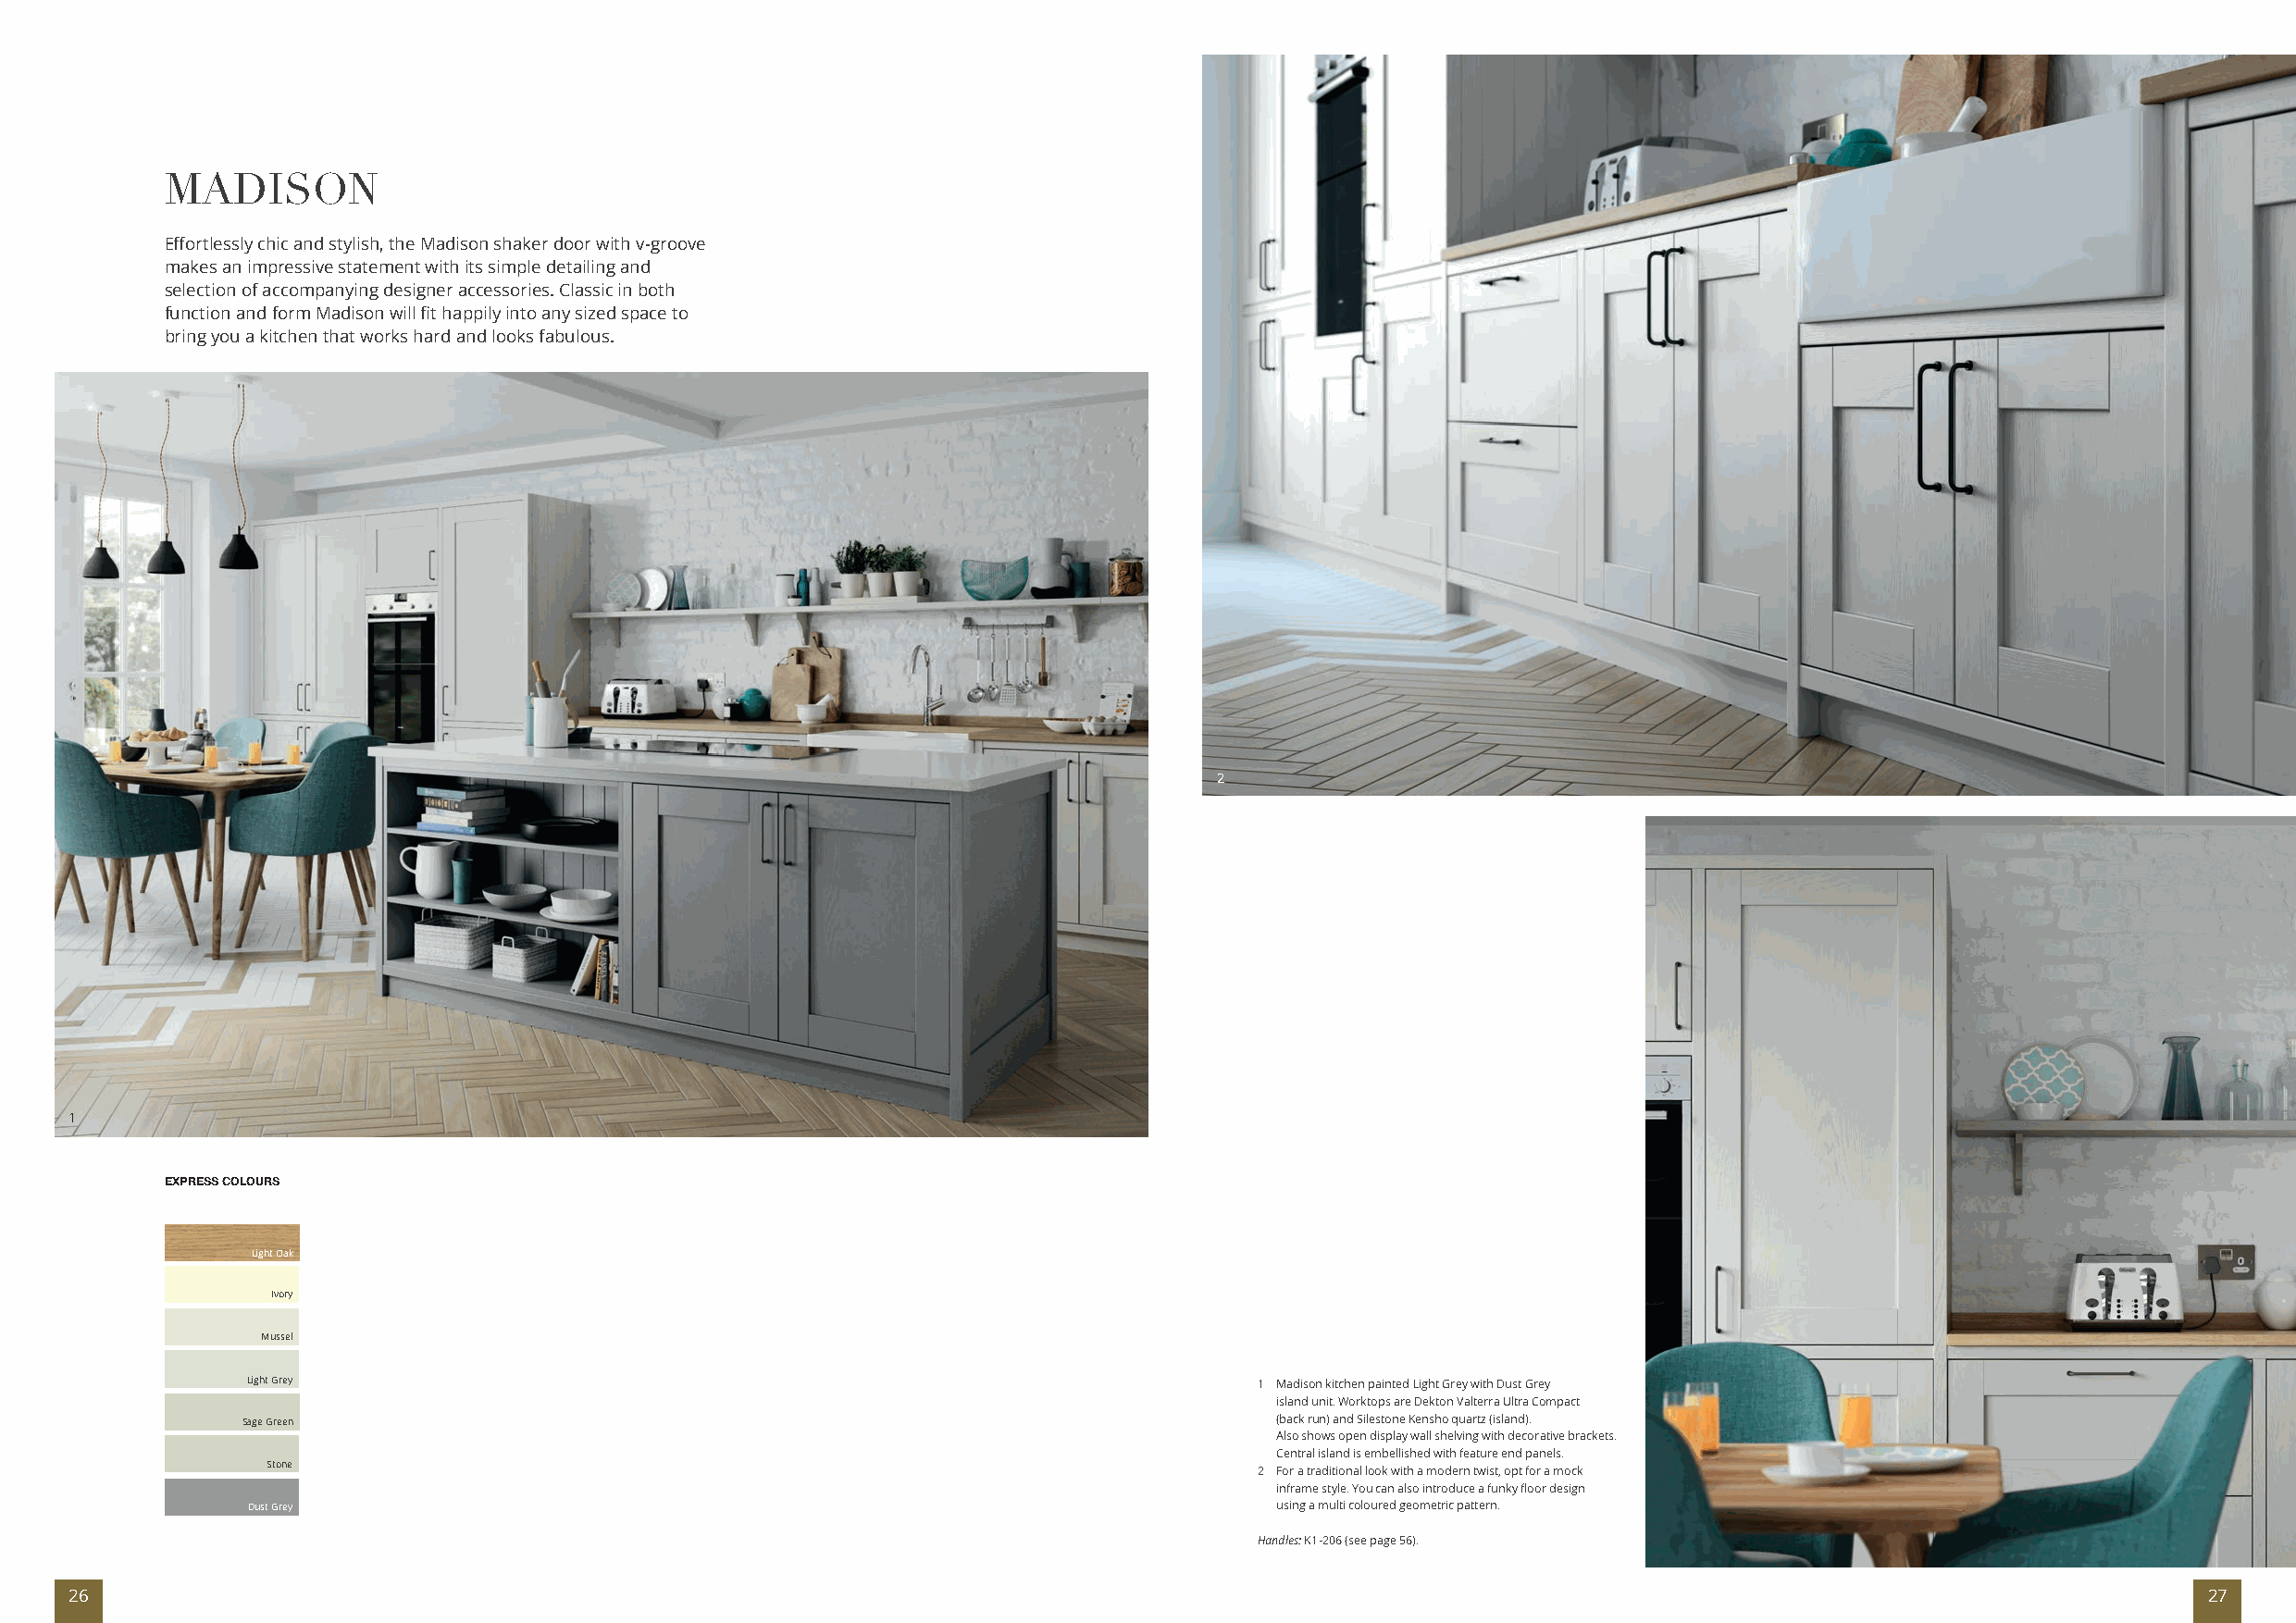
MADISON
 Effortlessly chic and stylish, the Madison shaker door with v-groove
 makes an impressive statement with its simple detailing and
 selection of accompanying designer accessories. Classic in both
 function and form Madison will fit happily into any sized space to
 bring you a kitchen that works hard and looks fabulous.
 2
 1
 EXPRESS COLOURS
 Light Oak
 Ivory
 Mussel
 Light Grey                                                              1 Madison kitchen painted Light Grey with Dust Grey
 island unit. Worktops are Dekton Valterra Ultra Compact
 Sage Green                                                                (back run) and Silestone Kensho quartz (island).
 Also shows open display wall shelving with decorative brackets.
 Central island is embellished with feature end panels.
 Stone
 2 For a traditional look with a modern twist, opt for a mock
 inframe style. You can also introduce a funky floor design
 Dust Grey                                                                using a multi coloured geometric pattern.
 Handles: K1-206 (see page 56).
 26                                                                                                                                                       27